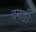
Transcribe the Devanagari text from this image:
दगङी